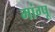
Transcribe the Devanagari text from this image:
मांग्पू